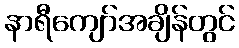
နာရီကျော်အချိန်တွင်